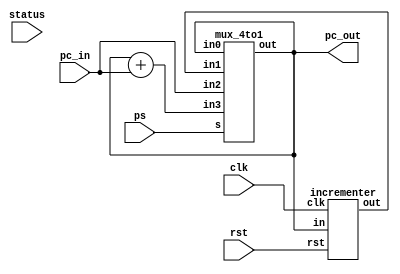
module program_counter (pc_out, pc_in, status, ps, clk, rst);

	output [31:0] pc_out;									// program counter output
	input [31:0] pc_in;										// program counter input
	input [3:0] status;										// alu status
	input [1:0] ps;											// mux select bits
	input clk;													// clock
	input rst;													// reset
		
	wire[31:0] pc_hold, pc_incr, pc_load, pc_offs;	// mux inputs
	
	/*
	PS encoding:
	00 - hold
	01 - increment
	10 - load
	11 - offset
	*/
	
	assign pc_hold = pc_out;
	assign pc_load = pc_in;
	assign pc_offs = pc_out + pc_in;
	
	incrementer inc0 (pc_incr, pc_out, clk, rst);
	mux_4to1 	mux0 (pc_out, pc_hold, pc_incr, pc_load, pc_offs, ps);

endmodule 

// 32-bit 4-to-1 mux
module mux_4to1 (out, in0, in1, in2, in3, s);

	output reg [31:0] out;
	input [31:0] in0, in1, in2, in3;
	input [1:0] s;
	
	always @ (s) begin
		case (s)
			2'b00: out <= in0;
			2'b01: out <= in1;
			2'b10: out <= in2;
			2'b11: out <= in3;
		endcase
	end

endmodule 

// 1-bit 16-to-1 mux
module mux_16to1 (out, in, s);
	
	output reg out;
	input [15:0] in;
	input [3:0] s;
	
	always @(s) begin
		case(s)
			4'b0000: out <= in[0];
			4'b0001: out <= in[1];
			4'b0010: out <= in[2];
			4'b0011: out <= in[3];
			4'b0100: out <= in[4];
			4'b0101: out <= in[5];
			4'b0110: out <= in[6];
			4'b0111: out <= in[7];
			4'b1000: out <= in[8];
			4'b1001: out <= in[9];
			4'b1010: out <= in[10];
			4'b1011: out <= in[11];
			4'b1100: out <= in[12];
			4'b1101: out <= in[13];
			4'b1110: out <= in[14];
			4'b1111: out <= in[15];
		endcase
	end	
	
endmodule 	

// 32-bit incrementer
module incrementer (out, in, clk, rst);

	output reg [31:0] out;
	input [31:0] in;
	input clk, rst;

	always @(posedge clk or posedge rst) begin
		if (rst == 1'b1)
			out  <= 32'b0;
		else
			out <= in + 1'b1;
	end	

endmodule